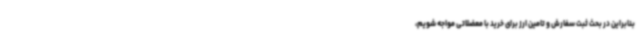
بنابراین در بحث ثبت سفارش و تامین ارز برای خرید با معضلاتی مواجه شویم،